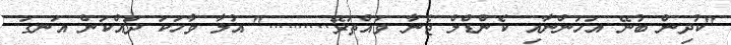
"ކުދިން ބުނޭ އަހަންނާއި ކެންޑްލް ޖެނާ ވައްތަރޭ.........." އުލާ ވާހަކަ ދައްކަން އަނގަ